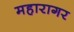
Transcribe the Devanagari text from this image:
महारागर